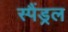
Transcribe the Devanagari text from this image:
स्पैंड्रल